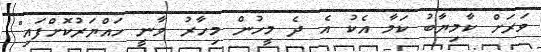
ވަރަށް ކާމިޔާބު ކަމާ އެކު އެ ދެ މީހުން މިހާރު ވާނީ ހައްޔަރުކޮށްފައި"